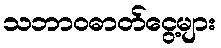
သဘာဝဓာတ်ငွေ့များ